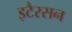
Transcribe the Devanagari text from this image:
इटैरसन